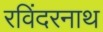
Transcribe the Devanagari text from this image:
रविंदरनाथ